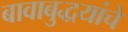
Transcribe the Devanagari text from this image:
बावाबुद्धयांचे